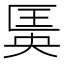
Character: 𱑆